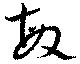
敏